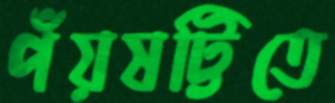
পঁয়ষট্টিতে